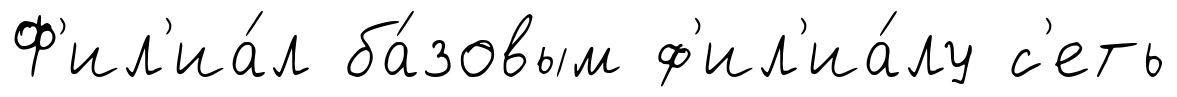
Ф'ил'иа́л ба́зовым ф'ил'иа́лу с'еть